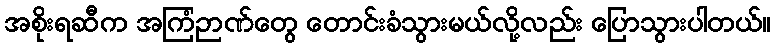
အစိုးရဆီက အကြံဉာဏ်တွေ တောင်းခံသွားမယ်လို့လည်း ပြောသွားပါတယ်။